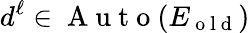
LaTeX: d^{\ell}\in\mathrm{~A~u~t~o~}(E_{\mathrm{~o~l~d~}})